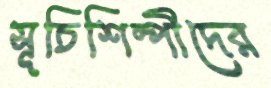
সূচিশিল্পীদের